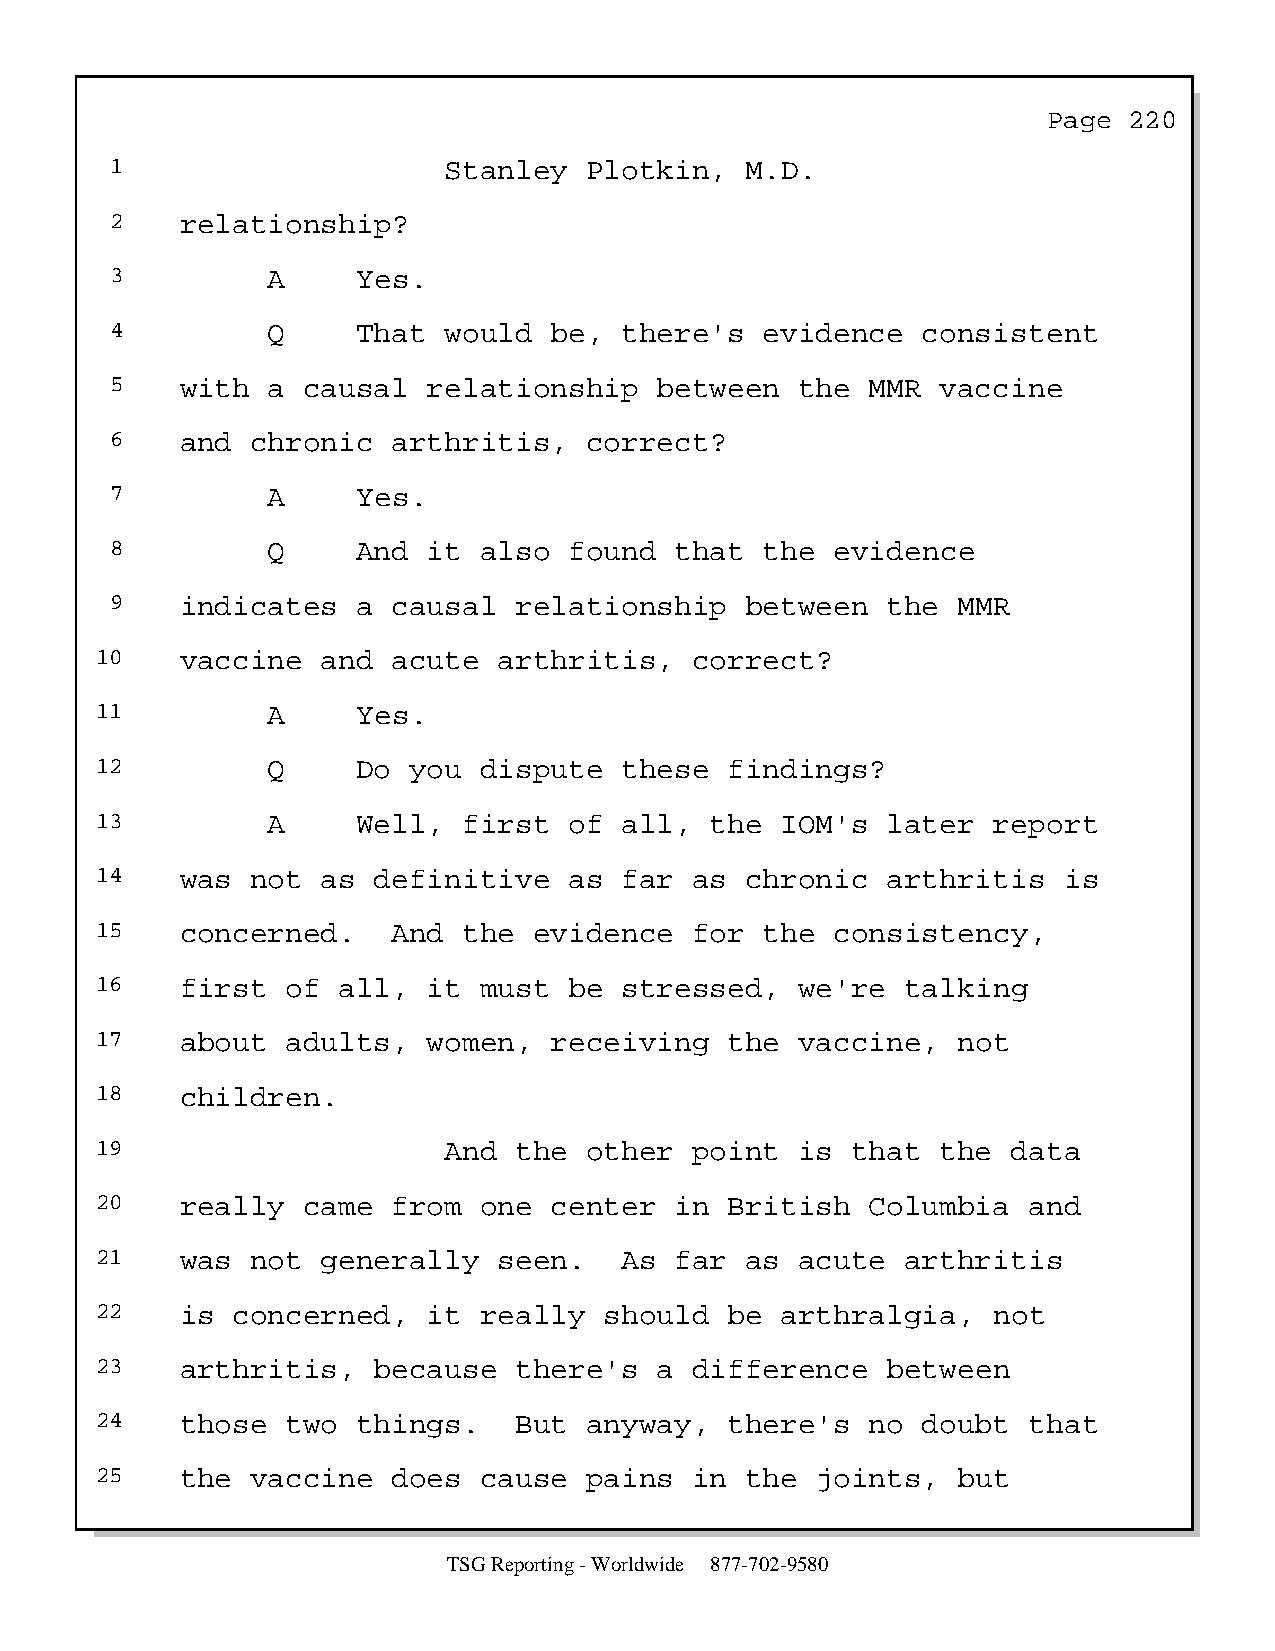
Page  220
 1                     Stanley   Plotkin,  M.D.
 2    relationship?
 3          A     Yes.
 4          Q     That would  be,  there's   evidence  consistent
 5    with  a causal  relationship    between  the  MMR vaccine
 6    and  chronic  arthritis,   correct?
 7          A     Yes.
 8          Q     And it  also  found  that  the evidence
 9    indicates   a causal  relationship   between   the MMR
 10    vaccine  and  acute  arthritis,   correct?
 11          A     Yes.
 12          Q     Do you  dispute  these  findings?
 13          A     Well,  first  of all,  the  IOM's  later  report
 14    was  not as  definitive   as far  as chronic   arthritis  is
 15    concerned.    And  the evidence   for  the consistency,
 16    first  of all,  it  must  be stressed,   we're  talking
 17    about  adults,  women,  receiving   the  vaccine,  not
 18    children.
 19                     And  the  other  point  is that  the  data
 20    really  came  from  one center   in British   Columbia  and
 21    was  not generally   seen.   As  far as  acute  arthritis
 22    is concerned,   it  really  should  be  arthralgia,   not
 23    arthritis,   because  there's   a difference   between
 24    those  two  things.   But  anyway,  there's   no doubt  that
 25    the  vaccine  does  cause  pains  in the  joints,  but
 TSG Reporting - Worldwide 877-702-9580